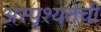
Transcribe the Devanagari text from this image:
अस्पृश्‍यतेची